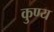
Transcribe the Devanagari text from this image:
कुण्य